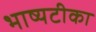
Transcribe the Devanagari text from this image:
भाष्यटीका